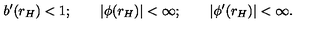
b ^ { \prime } ( r _ { H } ) < 1 ; \qquad | \phi ( r _ { H } ) | < \infty ; \qquad | \phi ^ { \prime } ( r _ { H } ) | < \infty .